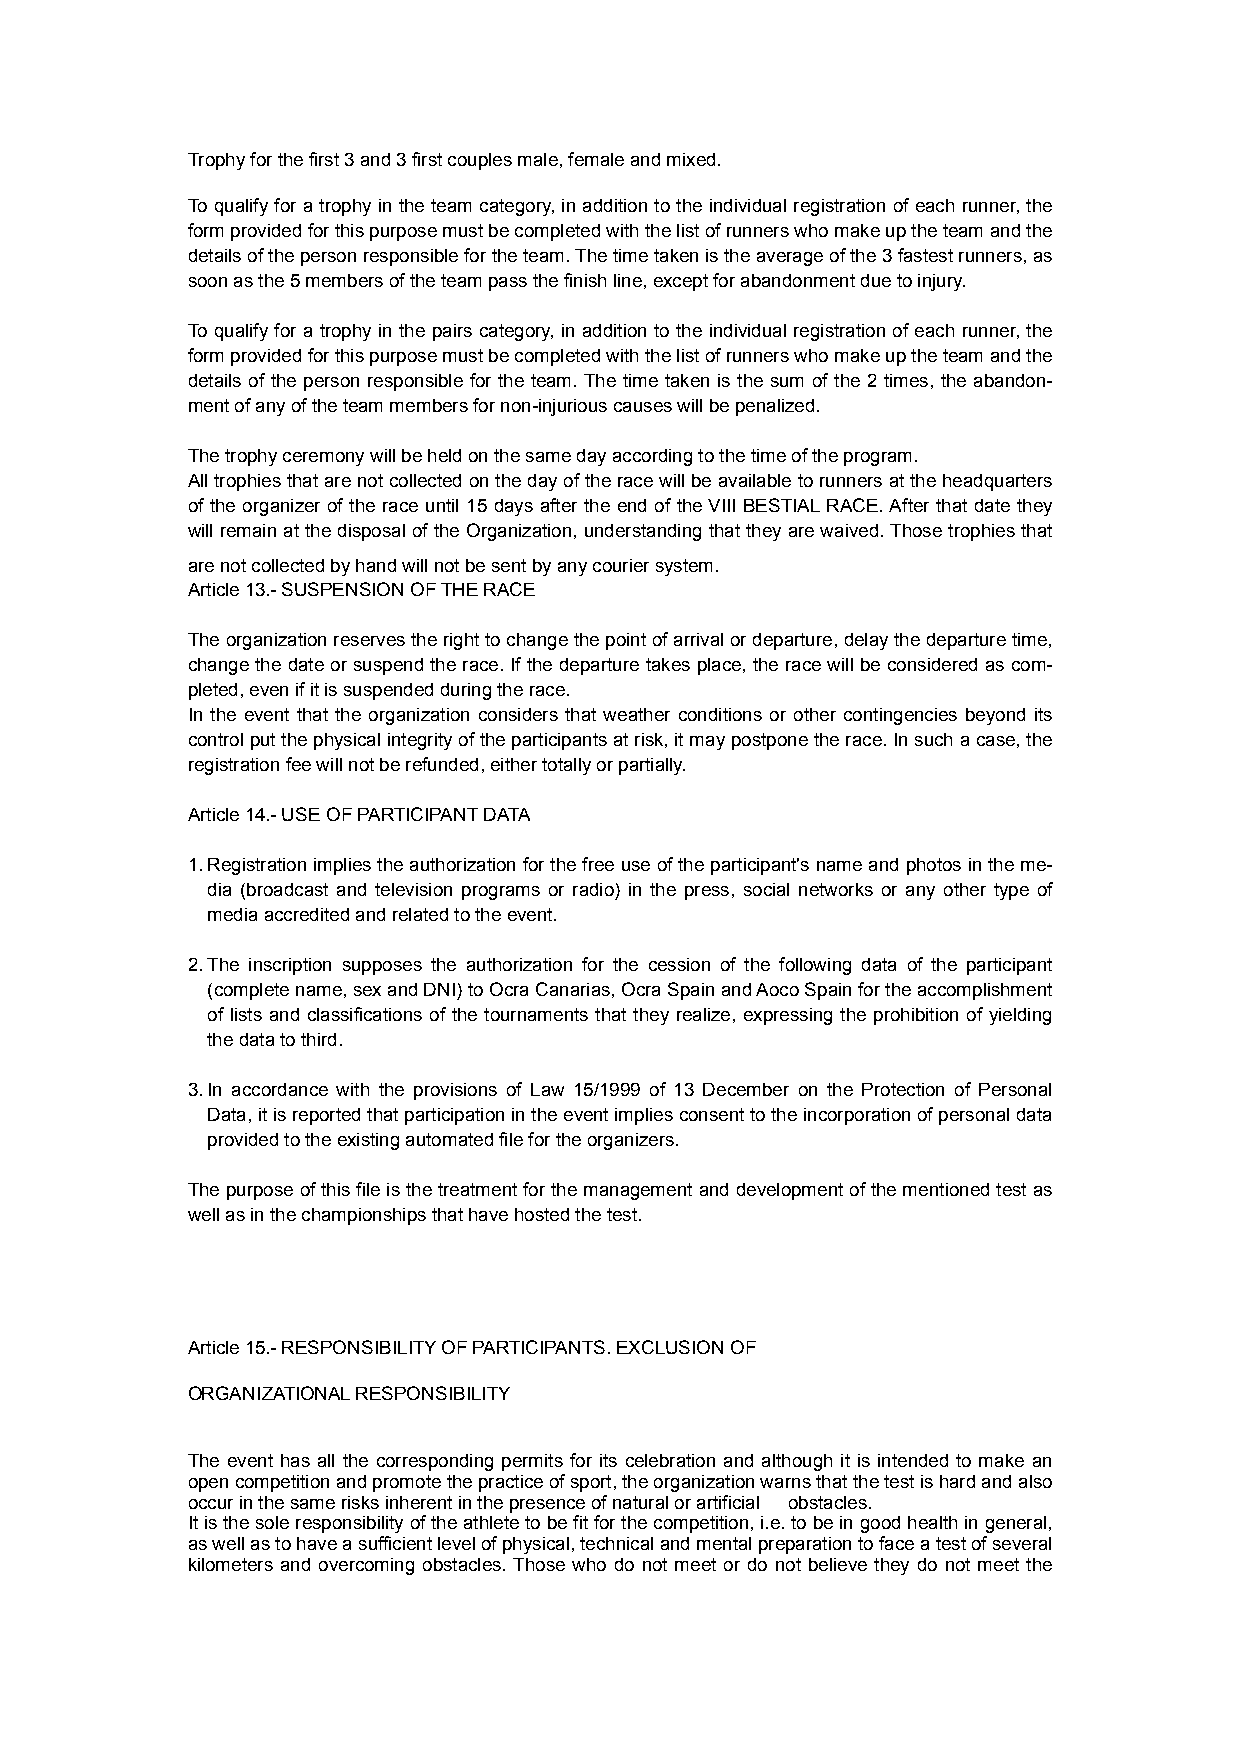
Trophy for the first 3 and 3 first couples male, female and mixed.
 To qualify for a trophy in the team category, in addition to the individual registration of each runner, the
 form provided for this purpose must be completed with the list of runners who make up the team and the
 details of the person responsible for the team. The time taken is the average of the 3 fastest runners, as
 soon as the 5 members of the team pass the finish line, except for abandonment due to injury.
 To qualify for a trophy in the pairs category, in addition to the individual registration of each runner, the
 form provided for this purpose must be completed with the list of runners who make up the team and the
 details of the person responsible for the team. The time taken is the sum of the 2 times, the abandon-
 ment of any of the team members for non-injurious causes will be penalized.
 The trophy ceremony will be held on the same day according to the time of the program.
 All trophies that are not collected on the day of the race will be available to runners at the headquarters
 of the organizer of the race until 15 days after the end of the VIII BESTIAL RACE. After that date they
 will remain at the disposal of the Organization, understanding that they are waived. Those trophies that
 are not collected by hand will not be sent by any courier system.
 Article 13.- SUSPENSION OF THE RACE
 The organization reserves the right to change the point of arrival or departure, delay the departure time,
 change the date or suspend the race. If the departure takes place, the race will be considered as com-
 pleted, even if it is suspended during the race.
 In the event that the organization considers that weather conditions or other contingencies beyond its
 control put the physical integrity of the participants at risk, it may postpone the race. In such a case, the
 registration fee will not be refunded, either totally or partially.
 Article 14.- USE OF PARTICIPANT DATA
 1.Registration implies the authorization for the free use of the participant's name and photos in the me-
 dia (broadcast and television programs or radio) in the press, social networks or any other type of
 media accredited and related to the event.
 2.The inscription supposes the authorization for the cession of the following data of the participant
 (complete name, sex and DNI) to Ocra Canarias, Ocra Spain and Aoco Spain for the accomplishment
 of lists and classifications of the tournaments that they realize, expressing the prohibition of yielding
 the data to third.
 3.In accordance with the provisions of Law 15/1999 of 13 December on the Protection of Personal
 Data, it is reported that participation in the event implies consent to the incorporation of personal data
 provided to the existing automated file for the organizers.
 The purpose of this file is the treatment for the management and development of the mentioned test as
 well as in the championships that have hosted the test.
 Article 15.- RESPONSIBILITY OF PARTICIPANTS. EXCLUSION OF
 ORGANIZATIONAL RESPONSIBILITY
 The event has all the corresponding permits for its celebration and although it is intended to make an
 open competition and promote the practice of sport, the organization warns that the test is hard and also
 occur in the same risks inherent in the presence of natural or artificial obstacles.
 It is the sole responsibility of the athlete to be fit for the competition, i.e. to be in good health in general,
 as well as to have a sufficient level of physical, technical and mental preparation to face a test of several
 kilometers and overcoming obstacles. Those who do not meet or do not believe they do not meet the